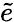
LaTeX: \tilde{e}